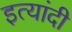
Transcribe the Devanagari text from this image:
इत्यांदी